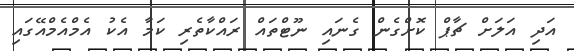
އަދި އަލަށް ޗާޕް ކޮށްގެން ގެނައި ނޫޓްތައް ރައްކާތެރި ކަމާ އެކު އެމްއެމްއޭގައި